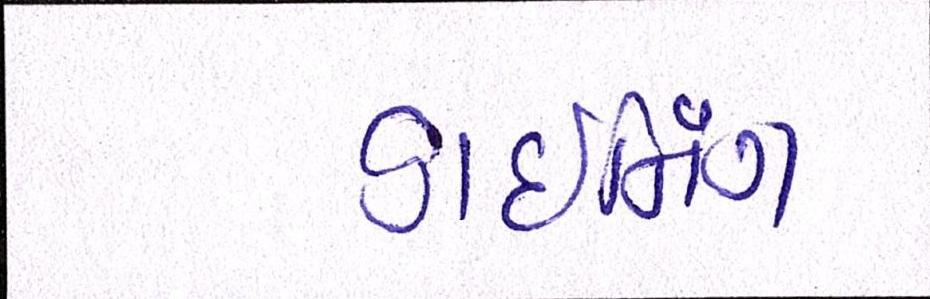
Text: ડાઈનિંગ